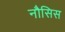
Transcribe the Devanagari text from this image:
नौसिस